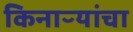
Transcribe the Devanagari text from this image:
किनाऱ्‍यांचा